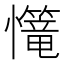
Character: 𢥆